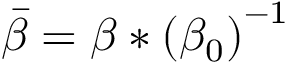
\Bar { \beta } = \beta * \left( \beta _ { 0 } \right) ^ { - 1 }